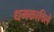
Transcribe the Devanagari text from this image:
धमकाविले